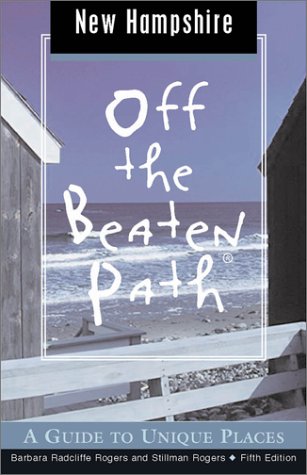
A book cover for New Hampshire Off the Beaten Path, 5th: A Guide to Unique Places (Off the Beaten Path Series); Stillman Rogers; Travel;